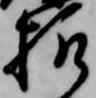
様